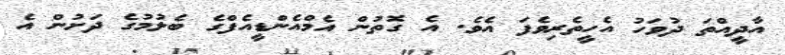
އާދީއްތަ ދުވަހު އެހީތެރިވެފަ އެވެ. އެ ގޮތުން އެމްއެންޑީއެފްގެ ބެލުމުގެ ދަށުން އެ